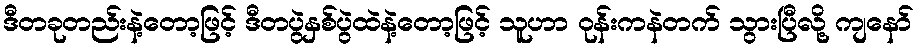
ဒီတခုတည်းနဲ့တော့ဖြင့် ဒီတပွဲနှစ်ပွဲထဲနဲ့တော့ဖြင့် သူဟာ ဝုန်းကနဲတက် သွားပြီလို့ ကျနော်